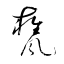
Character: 甕